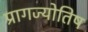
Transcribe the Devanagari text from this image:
प्रागज्योतिष